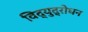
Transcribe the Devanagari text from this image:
विद्युद्रोधन